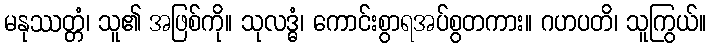
မနုဿတ္တံ၊ သူ၏ အဖြစ်ကို။ သုလဒ္ဓံ၊ ကောင်းစွာရအပ်စွတကား။ ဂဟပတိ၊ သူကြွယ်။